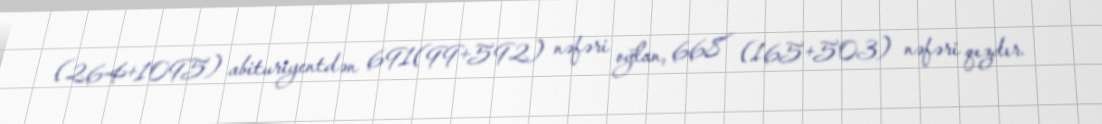
(264+1095) abituriyentdən 691(99+592) nəfəri oğlan, 668 (165+503) nəfəri qızdır.